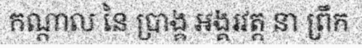
កណ្តាល នៃ ប្រាង្គ អង្គរវត្ត នា ព្រឹក